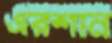
এরশান